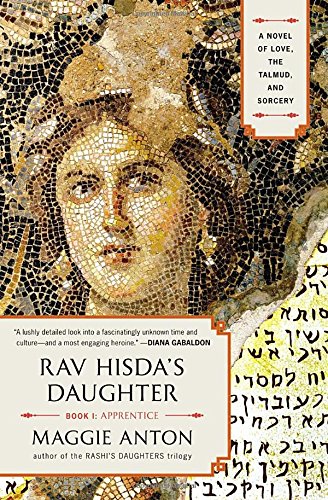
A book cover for Rav Hisda's Daughter, Book I: Apprentice: A Novel of Love, the Talmud, and Sorcery; Maggie Anton; Literature & Fiction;